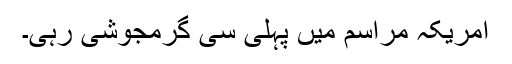
امریکہ مراسم میں پہلی سی گرمجوشی رہی۔